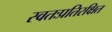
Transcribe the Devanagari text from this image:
स्वतःप्रतिरक्षित